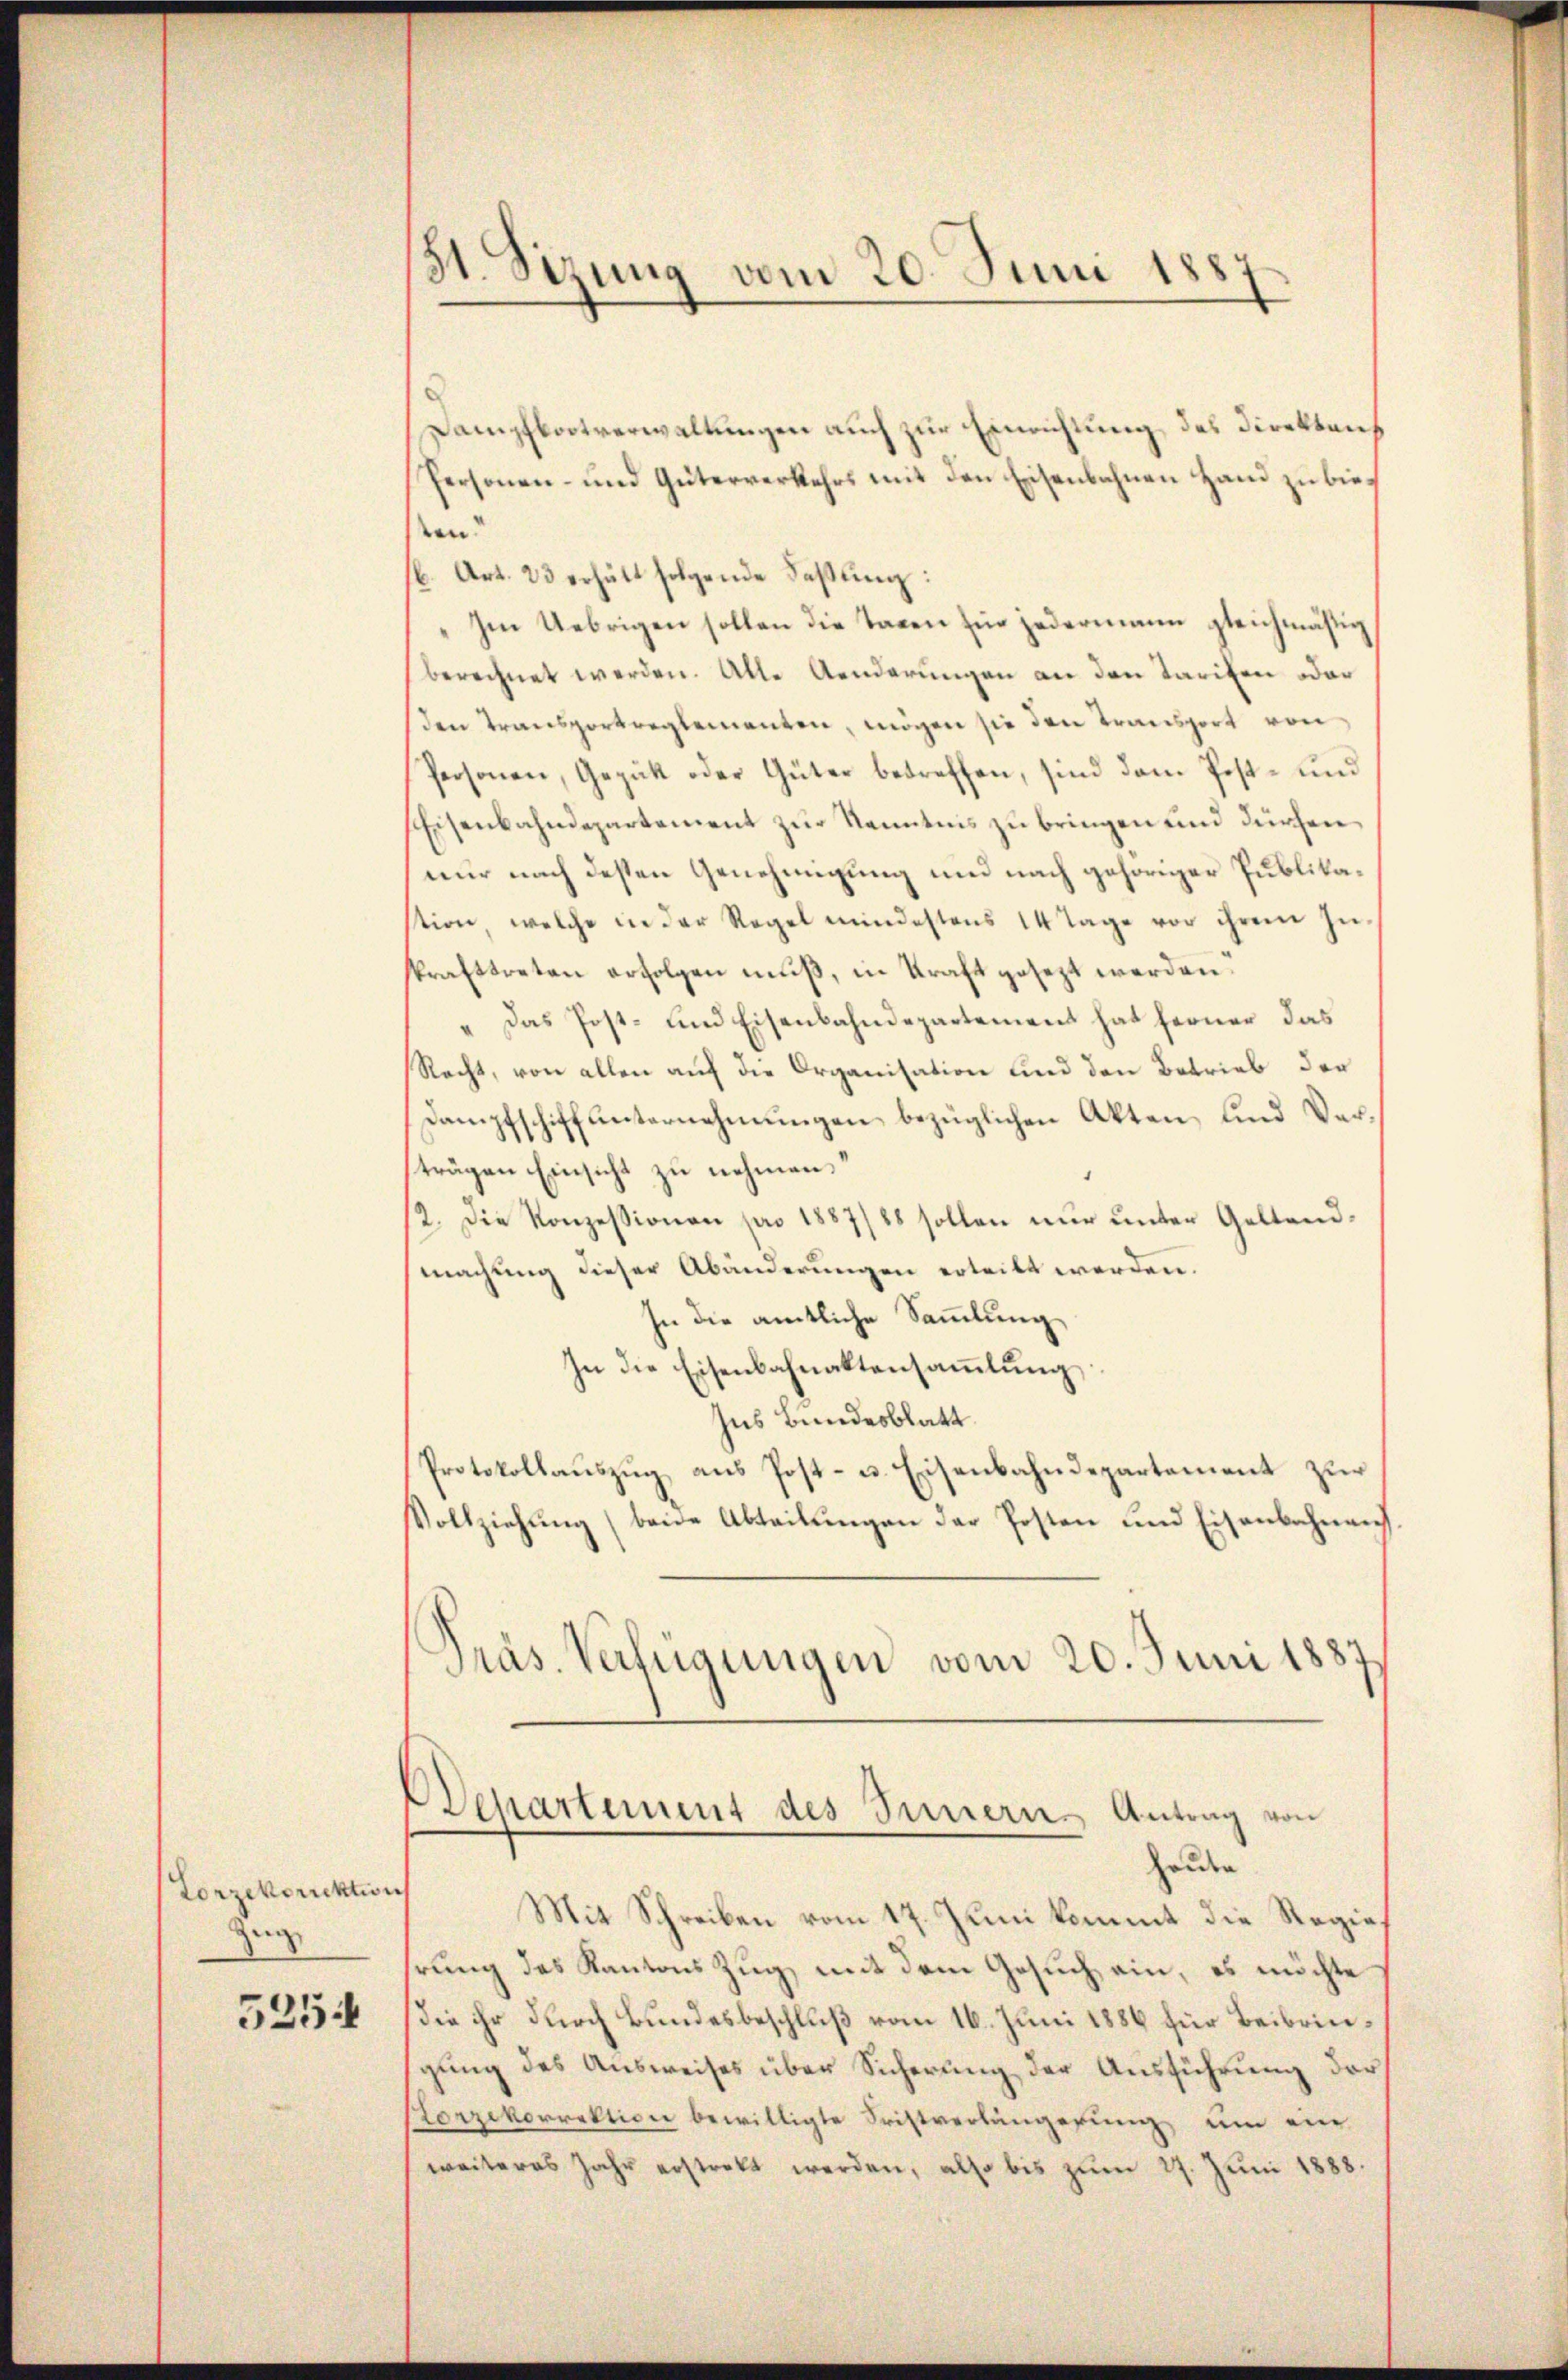
Lorzekorrektion
Zing
5254

Dampfbootverwaltungen auch zur Einrichtung des Direktors
Personen- und Güterverkehrs mit den Eisenbahnen Hand zu biesen
b. Art. 23 erhält folgende Fassung:
„Im Uebrigen sollen die Tagen Ein jedermann gleichmäßig
berechnet werden. Alle Aenderungen an den Tarifen oder
den Transportreglementen, mögen sie den Transport von
Personen, Gezütt oder Güter betreffen, sind dem Post- und
Eisenbahndepartement zur Kenntnis zu bringen und dürchen
nur nach desten Genehmigung und nach gehöriger Publikastion, welche in der Regel mindestens 14 Tage vor ihrem Inskrafttreten erfolgen muß, in Kraft gesezt werden:
" Das Post- und Eisenbahndepartement hat ferner das
Recht, von allen auf die Organisation und den Betrieb der
Dampfschiffunternehmungen bezüglichen Akten, und Verträgen Einsicht zu nehmen.“
2. Die Konzessionen pro 1887/88 sollen nŭr ŭnter Gestand-
machung dieser Abänderungen erteilt werden.
In die amtliche Sammlung
In die Eisenbahnaktensammlung
Ins Bundesblatt
Protokollauszug aus Post- u. Eisenbahndepartement zur
Vollziehŭng (beide Abteilŭngen der Posten und Eisenbahnen.
Präs. Verfügungen vom 20. Juni 1887

31. Sizung vom 20. Juni 1887

ehartement des Innern Antrag von
Hauen

Mit Schreiben vom 17. Juni kommt die Regie
hrung des Kantons Zug, mit dem Gesuch ein, es möchte
die ihr durch Bundesbeschluß vom 16. Juni 1886 für Beibringung des Ausweises über Sicherung der Ausführung der
Korzekorrektion bewilligte Fristverlängerung um ein
weiteres Jahr erstrebt werden, also bis zŭm 27. Jŭni 1888.